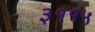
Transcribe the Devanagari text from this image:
३११५